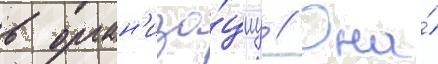
в орган'иза́циу // Она́